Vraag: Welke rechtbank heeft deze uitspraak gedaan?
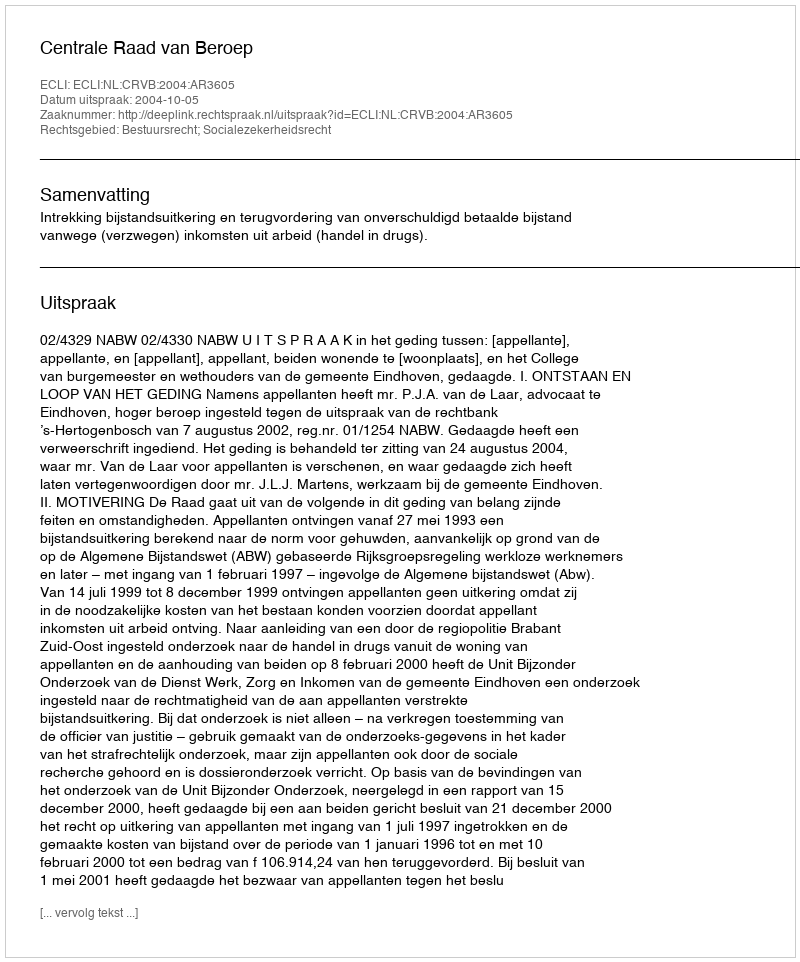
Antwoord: Centrale Raad van Beroep